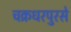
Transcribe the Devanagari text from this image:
चक्रधरपुरसे